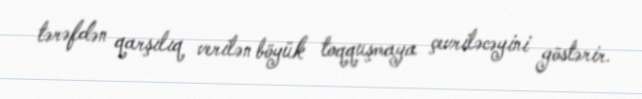
tərəfdən qarşılıq verilən böyük toqquşmaya çevriləcəyini göstərir.